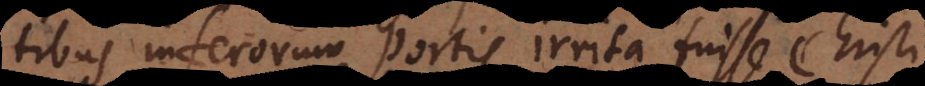
tibus inferorum portis irrita fuisse Christi